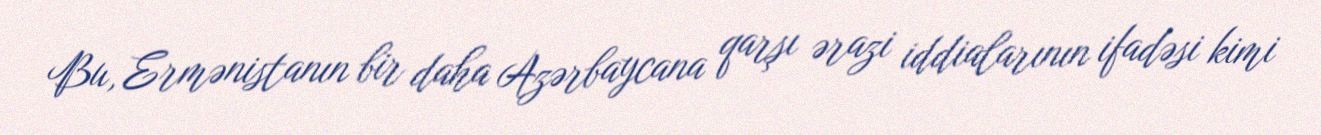
Bu, Ermənistanın bir daha Azərbaycana qarşı ərazi iddialarının ifadəsi kimi